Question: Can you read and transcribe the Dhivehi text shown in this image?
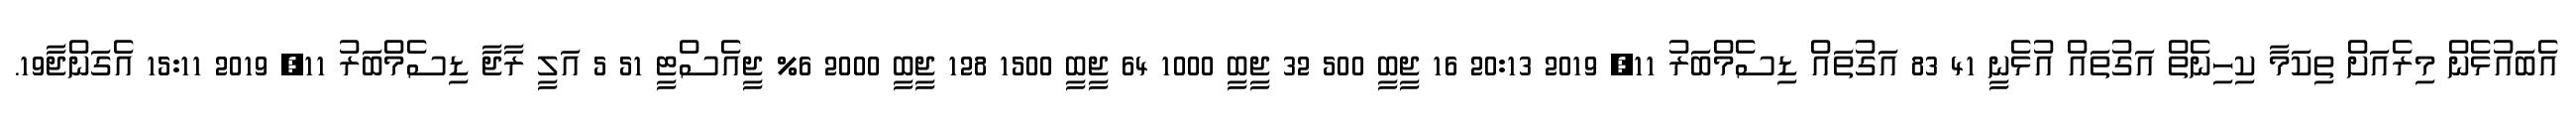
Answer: އެބައުޅެން މިރެއަށް ތިކަމާ ކިހިނެތް އަގުތައް އުޅެނީ 41 83 އަގުތައް ޑިސެމްބަރު 11, 2019 20:13 16 ޖީބީ 500 32 ޖީބީ 1000 64 ޖީބީ 1500 128 ޖީބީ 2000 6% ޖީއެސްޓީ 51 5 އަލީ ރާޖާ ޑިސެމްބަރު 11, 2019 15:11 އެގަންޖާ19.